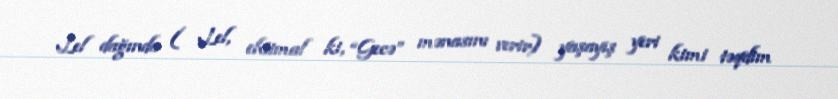
Lel dağında ( Lel, ehtimal ki, “Gecə” mənasını verir) yaşayış yeri kimi təqdim